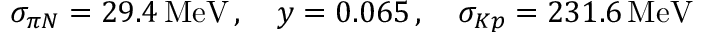
\sigma _ { \pi N } = 2 9 . 4 \, \mathrm { M e V } \, , \quad y = 0 . 0 6 5 \, , \quad \sigma _ { K p } = 2 3 1 . 6 \, \mathrm { M e V }